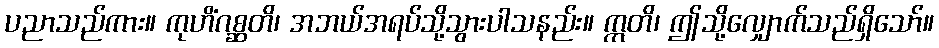
ပညာသည်ကား။ ကုဟိံဂစ္ဆတိ၊ အဘယ်အရပ်သို့သွားပါသနည်း။ ဣတိ၊ ဤသို့လျှောက်သည်ရှိသော်။